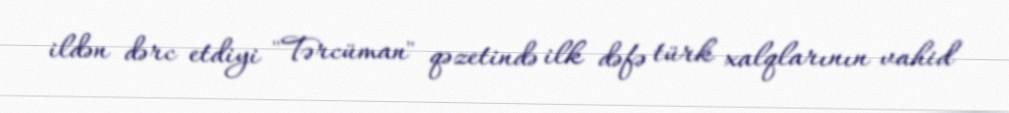
ildən dərc etdiyi "Tərcüman" qəzetində ilk dəfə türk xalqlarının vahid